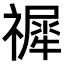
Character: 𥛹